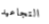
التجاعيد